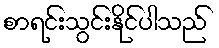
စာရင်းသွင်းနိုင်ပါသည်